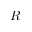
R